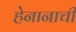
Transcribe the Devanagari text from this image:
हेनानाची